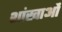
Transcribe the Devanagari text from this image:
शांखाओं